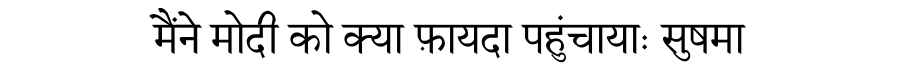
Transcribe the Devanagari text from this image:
मैंने मोदी को क्या फ़ायदा पहुंचायाः सुषमा